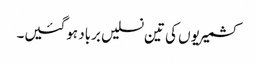
کشمیریوں کی تین نسلیں برباد ہوگئیں۔